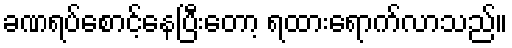
ခဏရပ်စောင့်နေပြီးတော့ ရထားရောက်လာသည်။